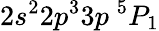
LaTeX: {2s^{2}2p^{3}3p~^{5}P_{1}}